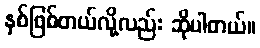
နှစ်ဖြစ်တယ်လို့လည်း ဆိုပါတယ်။